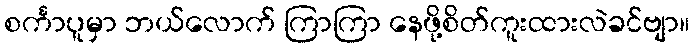
စင်္ကာပူမှာ ဘယ်လောက် ကြာကြာ နေဖို့စိတ်ကူးထားလဲခင်ဗျာ။